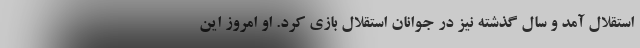
استقلال آمد و سال گذشته نیز در جوانان استقلال بازی کرد. او امروز این